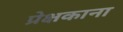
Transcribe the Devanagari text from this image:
प्रेक्षकाना